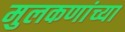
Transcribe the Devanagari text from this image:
मुलकणांच्या